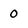
Character: 0